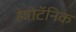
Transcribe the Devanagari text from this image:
हेन्नोटॅनिक